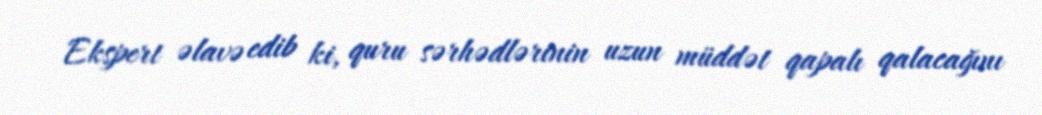
Ekspert əlavə edib ki, quru sərhədlərinin uzun müddət qapalı qalacağını